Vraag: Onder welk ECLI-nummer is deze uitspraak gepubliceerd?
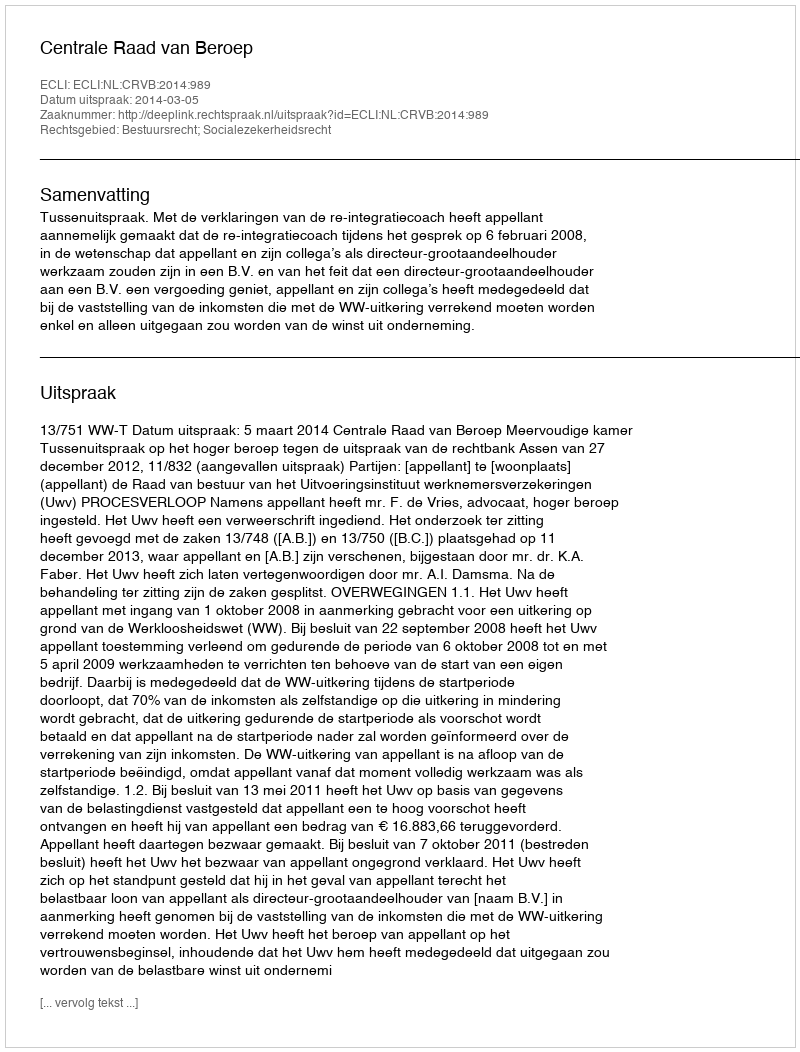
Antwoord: ECLI:NL:CRVB:2014:989